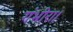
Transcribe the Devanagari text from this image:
गंभीरा।